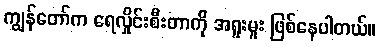
ကျွန်တော်က ရေလှိုင်းစီးတာကို အရူးမူး ဖြစ်နေပါတယ်။